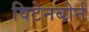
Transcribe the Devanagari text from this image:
विटेनबोर्न